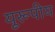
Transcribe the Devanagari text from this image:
यूरूपीय